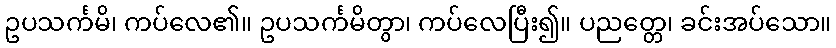
ဥပသင်္ကမိ၊ ကပ်လေ၏။ ဥပသင်္ကမိတွာ၊ ကပ်လေပြီး၍။ ပညတ္တေ၊ ခင်းအပ်သော။